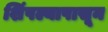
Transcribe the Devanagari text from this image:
शिंपल्यापासून